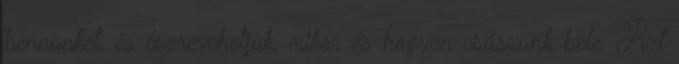
bennünket, és észrevehetjük, mikor és hogyan csúszunk bele. Azt